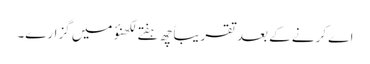
اے کرنے کے بعد تقریباً چھ ہفتے لکھنؤ میں گزارے۔